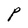
Character: P